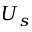
U _ { s }